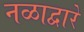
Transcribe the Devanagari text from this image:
नळाद्वारे